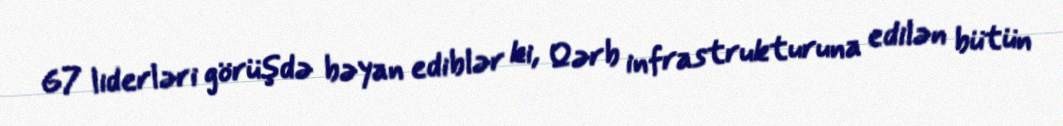
G7 liderləri görüşdə bəyan ediblər ki, Qərb infrastrukturuna edilən bütün